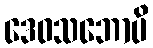
ဒေဝသဘောပိ